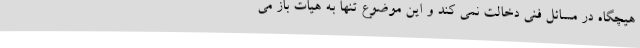
هیچگاه در مسائل فنی دخالت نمی کند و این موضوع تنها به هیات باز می